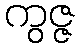
ကွဇ္ဇ